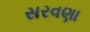
સરવણા